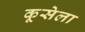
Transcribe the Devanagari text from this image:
कूसेला